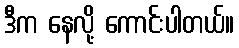
ဒီက နေလို့ ကောင်းပါတယ်။